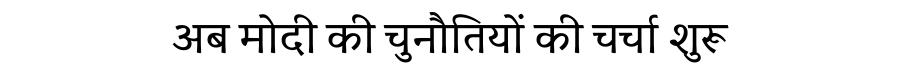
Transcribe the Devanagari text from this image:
अब मोदी की चुनौतियों की चर्चा शुरू